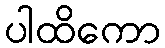
ပါထိကော